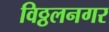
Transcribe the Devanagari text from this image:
विठ्ठलनगर